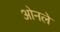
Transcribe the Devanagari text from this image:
ओनले